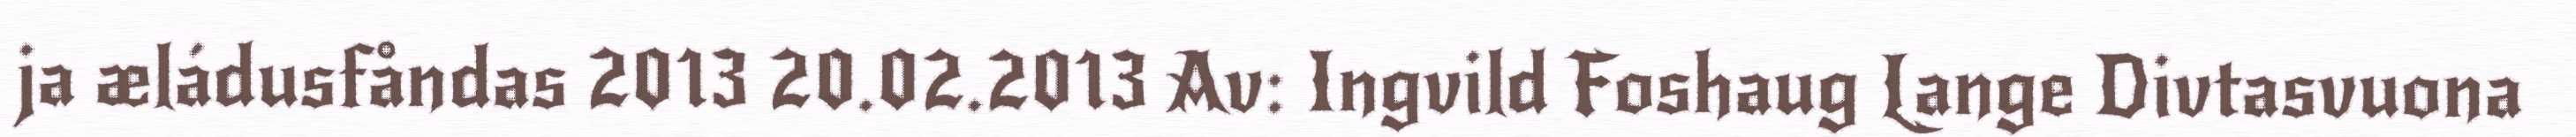
ja æládusfåndas 2013 20.02.2013 Av: Ingvild Foshaug Lange Divtasvuona